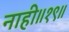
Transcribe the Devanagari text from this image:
नाही॥१९॥